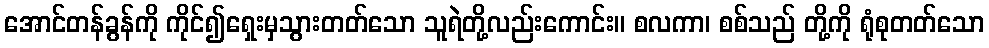
အောင်တန်ခွန်ကို ကိုင်၍ရှေးမှသွားတတ်သော သူရဲတို့လည်းကောင်း။ စလကာ၊ စစ်သည် တို့ကို ရုံစုတတ်သော